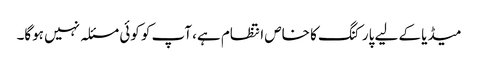
میڈیا کے لیے پارکنگ کا خاص انتظام ہے، آپ کو کوئی مسئلہ نہیں ہوگا۔